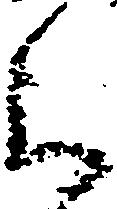
被